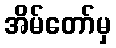
အိမ်တော်မှ